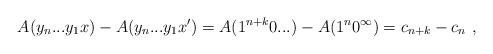
LaTeX: \begin{align*}A(y_n...y_1x) - A(y_n...y_1x') = A(1^{n+k}0...) - A(1^n0^\infty) = c_{n+k} - c_n \ ,\end{align*}